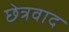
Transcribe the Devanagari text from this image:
छेत्रवाद